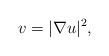
LaTeX: \begin{align*}v=|\nabla u|^2,\end{align*}